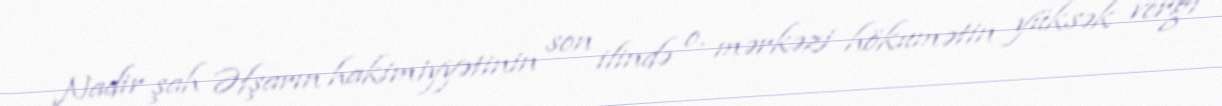
Nadir şah Əfşarın hakimiyyətinin son ilində o, mərkəzi hökumətin yüksək vergi